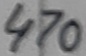
Text: 470